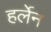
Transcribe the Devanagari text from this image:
हर्लेन